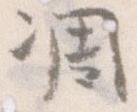
凋